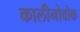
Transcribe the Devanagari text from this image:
कालीनोवोक